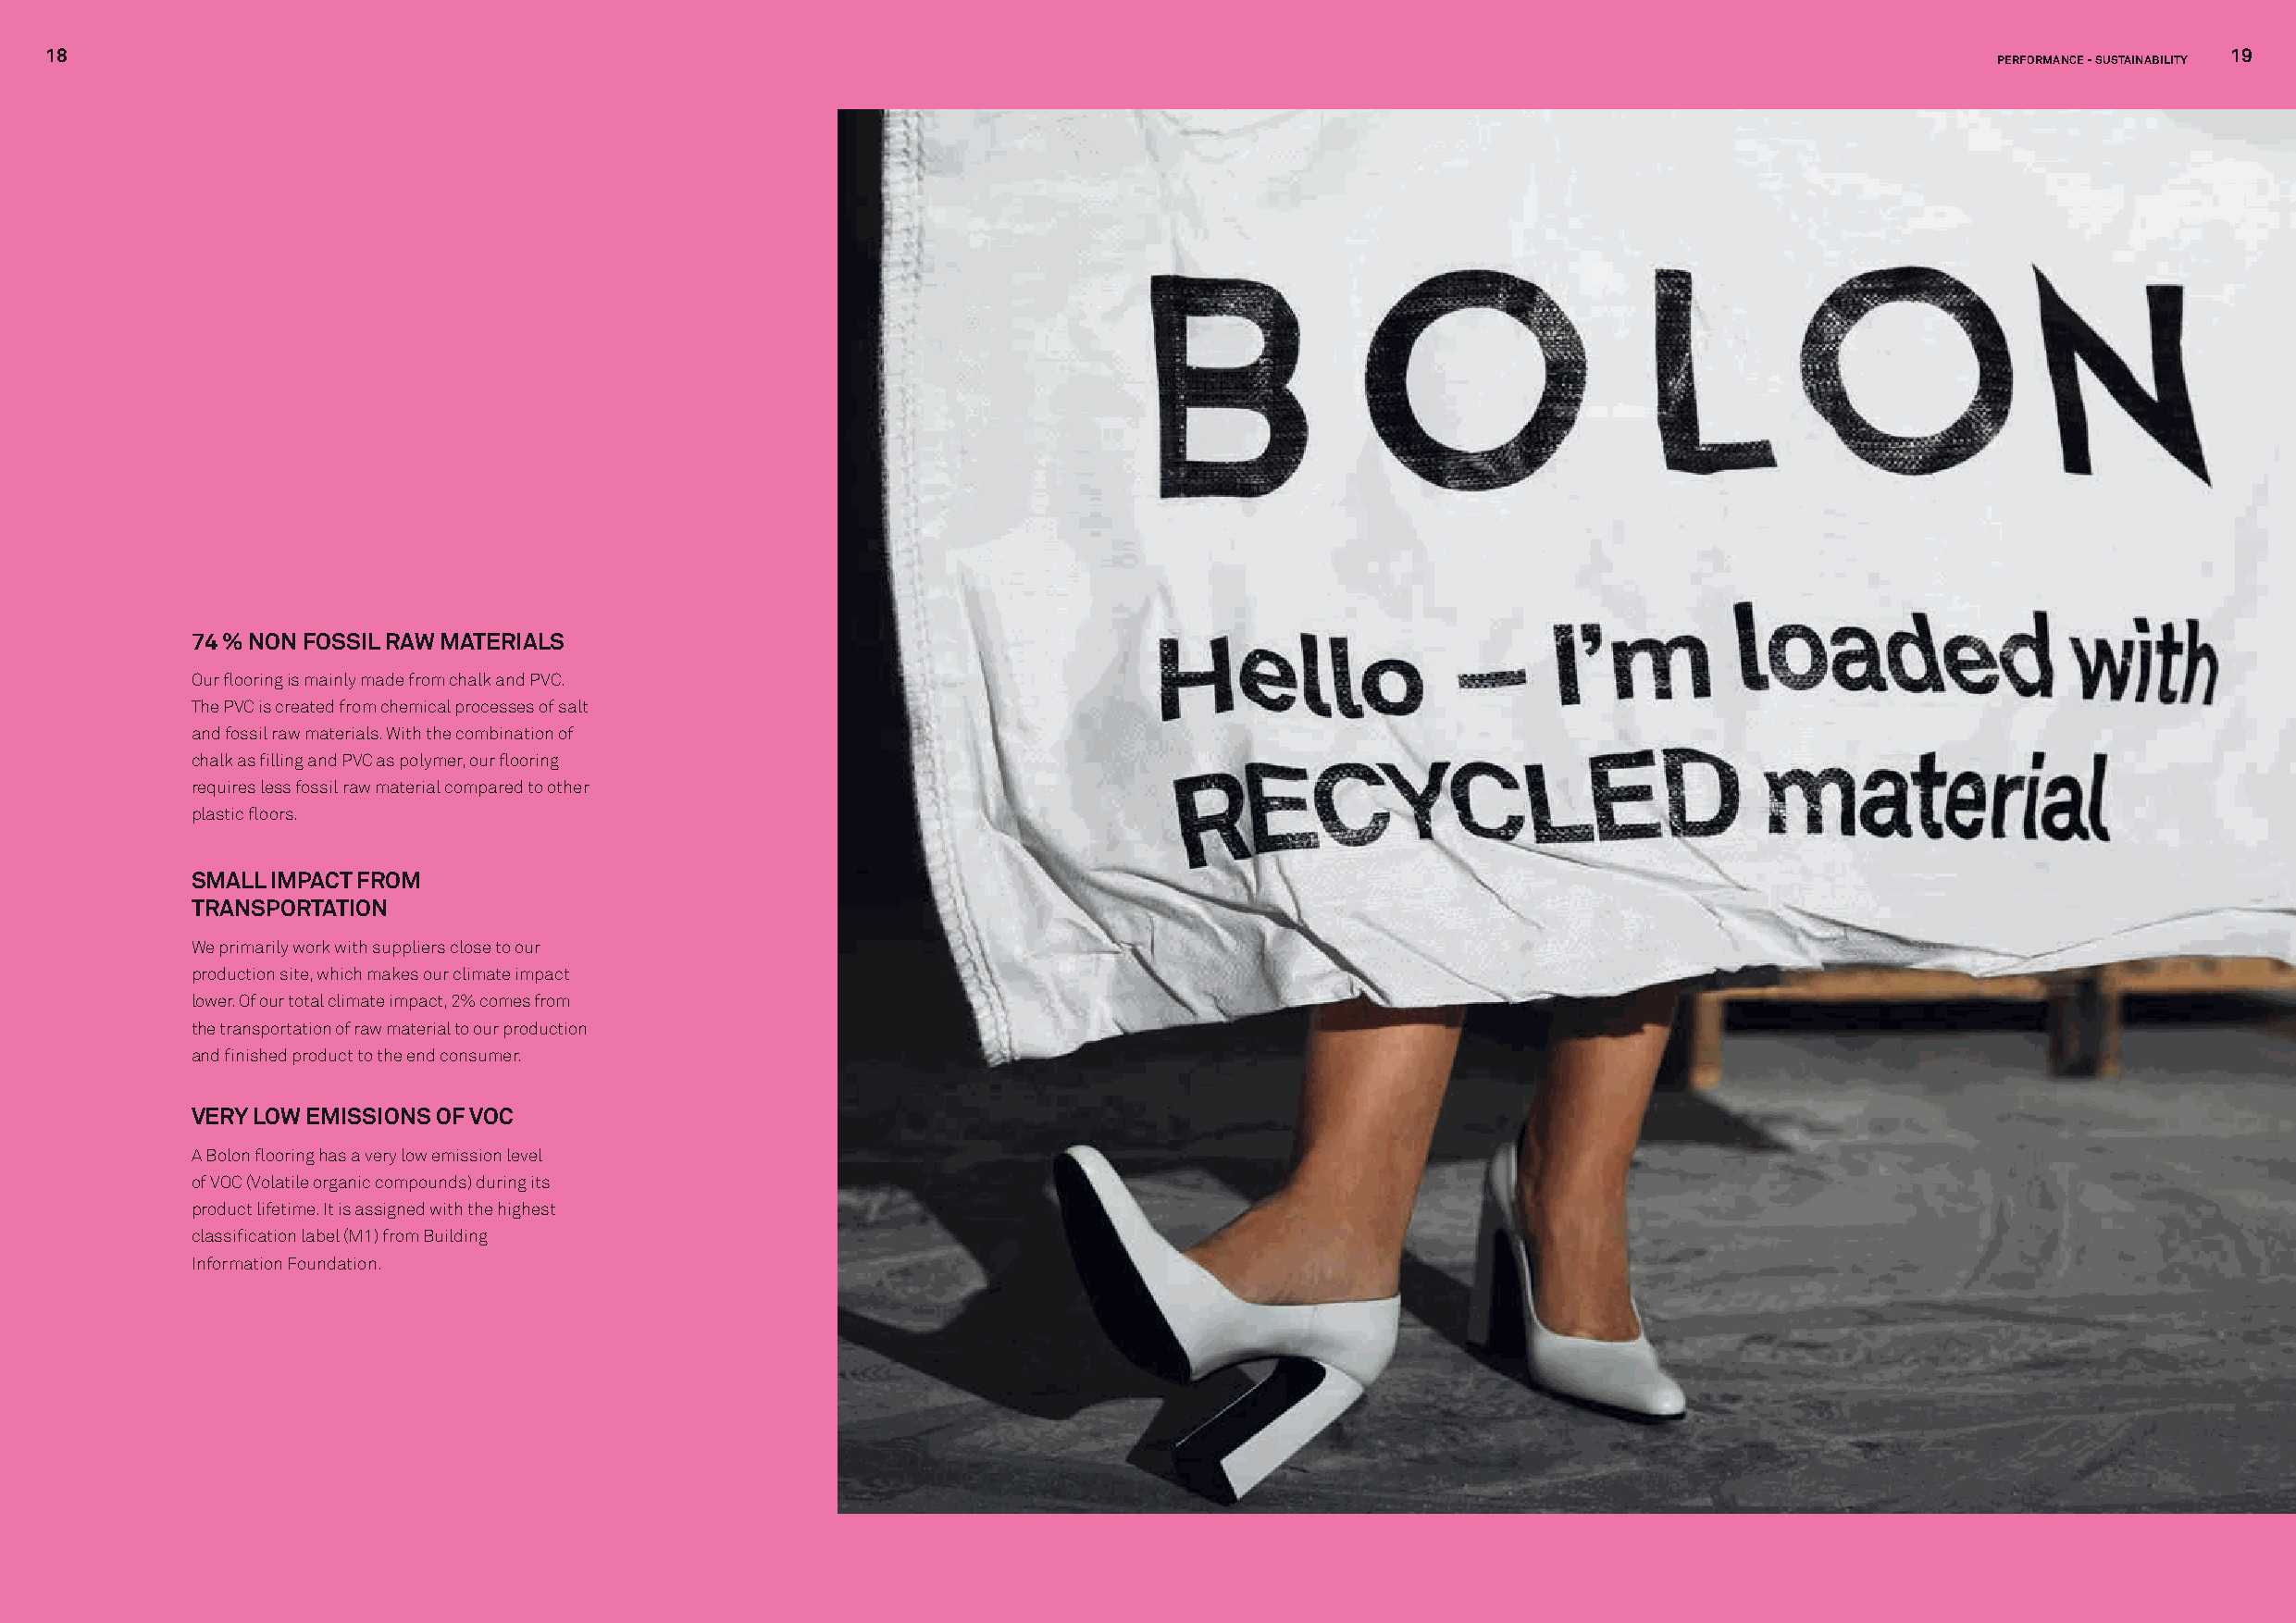
18                                                                                                                                                           19
 PERFORMANCE - SUSTAINABILITY
 74 % NON FOSSIL RAW MATERIALS
 Our flooring is mainly made from chalk and PVC.
 The PVC is created from chemical processes of salt
 and fossil raw materials. With the combination of
 chalk as filling and PVC as polymer, our flooring
 requires less fossil raw material compared to other
 plastic floors.
 SMALL IMPACT FROM
 TRANSPORTATION
 We primarily work with suppliers close to our
 production site, which makes our climate impact
 lower. Of our total climate impact, 2% comes from
 the transportation of raw material to our production
 and finished product to the end consumer.
 VERY LOW EMISSIONS OF VOC
 A Bolon flooring has a very low emission level
 of VOC (Volatile organic compounds) during its
 product lifetime. It is assigned with the highest
 classification label (M1) from Building
 Information Foundation.